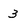
Character: 3